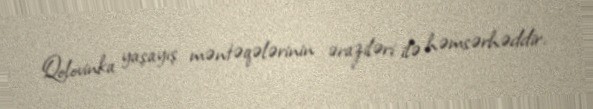
Qolovinka yaşayış məntəqələrinin əraziləri ilə həmsərhəddir.